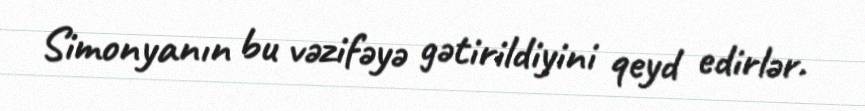
Simonyanın bu vəzifəyə gətirildiyini qeyd edirlər.